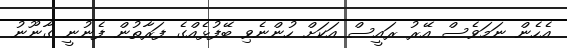
އެހެން ނަމަވެސް އޭރު ރައީސް އަކަށް ހުންނެވި ބޭފުޅެއްގެ ފަރާތުން ފެނުނީ ގާނޫނު